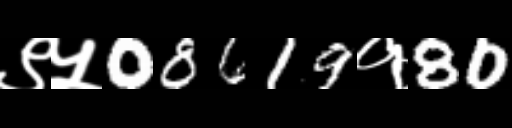
Text: ९५08619१80